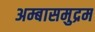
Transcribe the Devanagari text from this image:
अम्बासमुद्रम